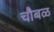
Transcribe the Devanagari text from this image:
चौबळ